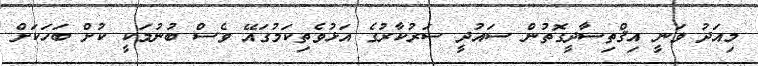
މިއަދު ވަނީ އިޤްތިސާދީގޮތުން ސައުދީ ސަރުކާރުގެ އަޅުވެތިކަމުގައޭ ވެސް ބުނުމަކީ ކުށް ބަހަކަށް